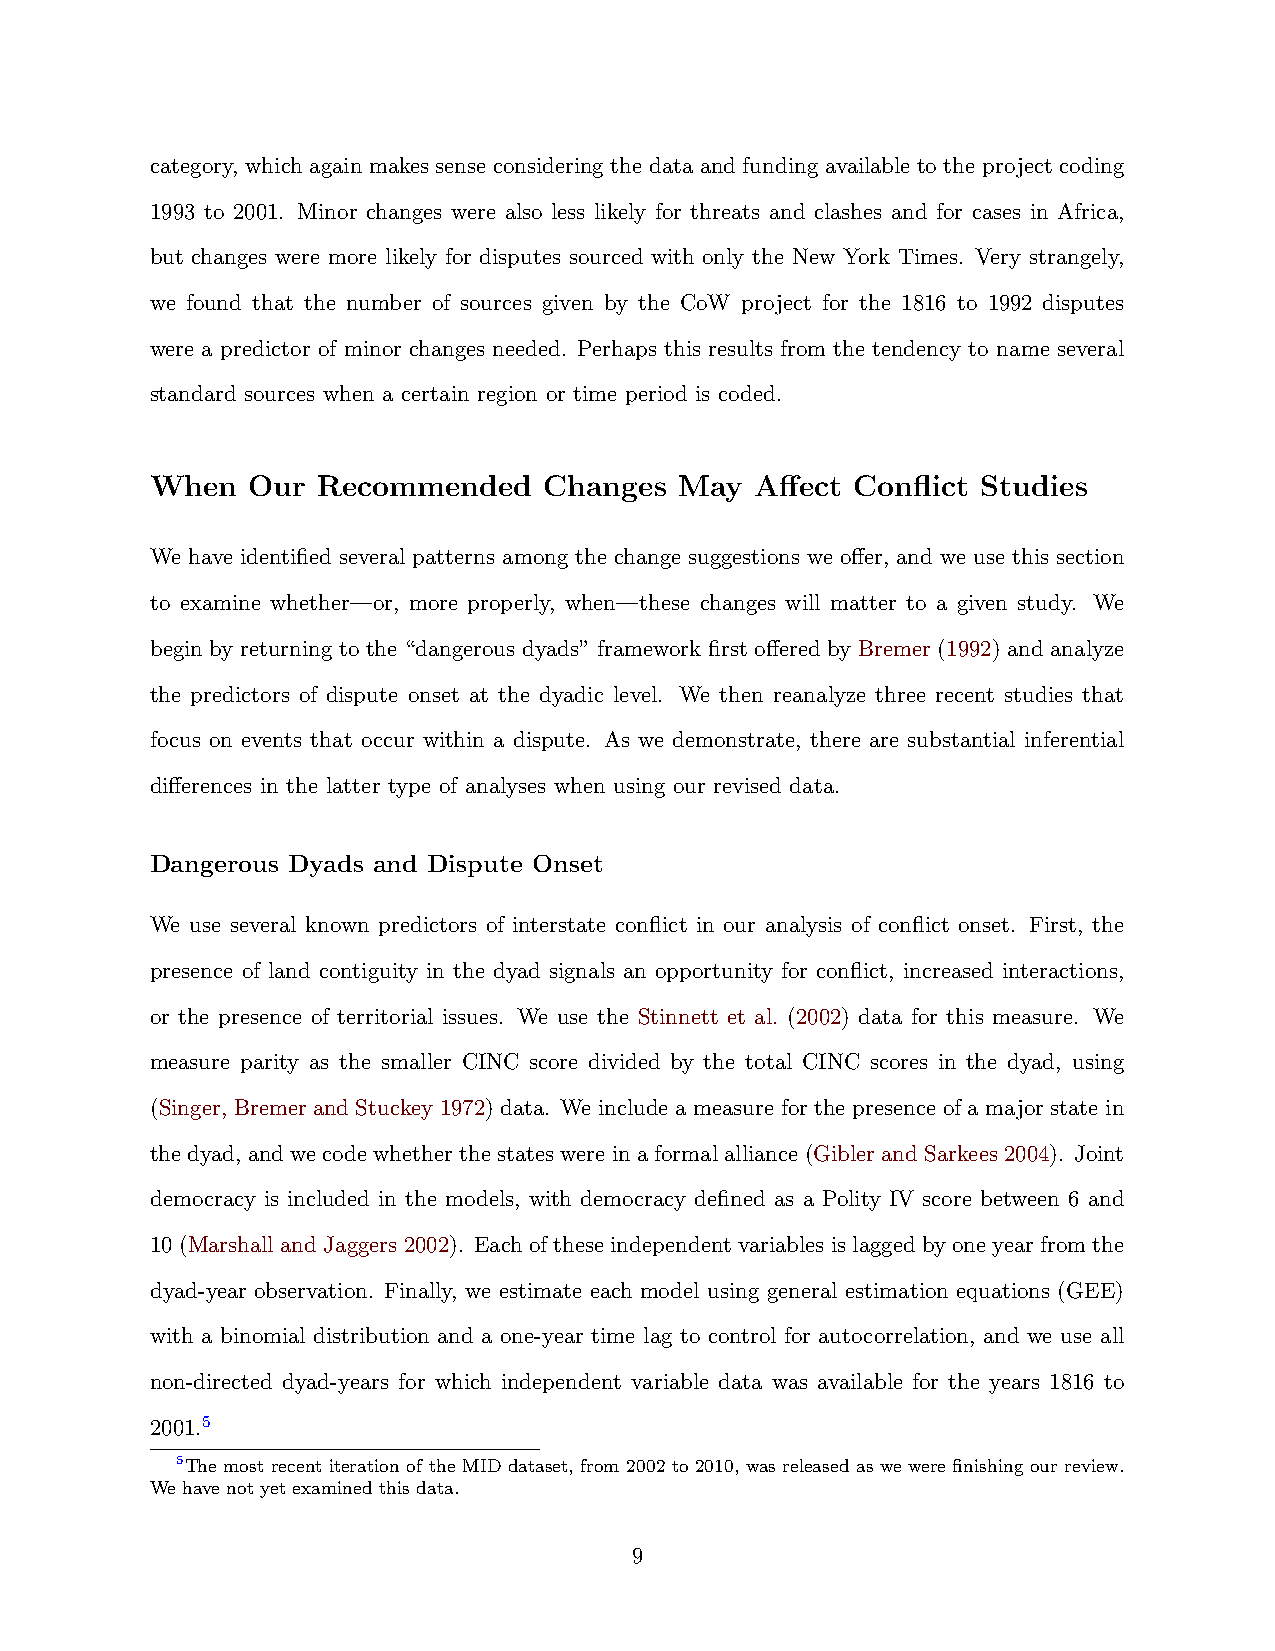
category, which again makes sense considering the data and funding available to the project coding
 1993 to 2001. Minor changes were also less likely for threats and clashes and for cases in Africa,
 but changes were more likely for disputes sourced with only the New York Times. Very strangely,
 we found that the number of sources given by the CoW project for the 1816 to 1992 disputes
 were a predictor of minor changes needed. Perhaps this results from the tendency to name several
 standard sources when a certain region or time period is coded.
 When  Our  Recommended    Changes  May  Affect Conflict Studies
 We have identified several patterns among the change suggestions we offer, and we use this section
 to examine whether—or, more properly, when—these changes will matter to a given study. We
 begin by returning to the “dangerous dyads” framework first offered by Bremer (1992) and analyze
 the predictors of dispute onset at the dyadic level. We then reanalyze three recent studies that
 focus on events that occur within a dispute. As we demonstrate, there are substantial inferential
 differences in the latter type of analyses when using our revised data.
 Dangerous Dyads and Dispute Onset
 We use several known predictors of interstate conflict in our analysis of conflict onset. First, the
 presence of land contiguity in the dyad signals an opportunity for conflict, increased interactions,
 or the presence of territorial issues. We use the Stinnett et al. (2002) data for this measure. We
 measure parity as the smaller CINC score divided by the total CINC scores in the dyad, using
 (Singer, Bremer and Stuckey 1972) data. We include a measure for the presence of a major state in
 thedyad, andwecodewhetherthestateswereinaformalalliance(GiblerandSarkees2004). Joint
 democracy is included in the models, with democracy defined as a Polity IV score between 6 and
 10 (Marshall and Jaggers 2002). Each of these independent variables is lagged by one year from the
 dyad-year observation. Finally, we estimate each model using general estimation equations (GEE)
 with a binomial distribution and a one-year time lag to control for autocorrelation, and we use all
 non-directed dyad-years for which independent variable data was available for the years 1816 to
 2001.5
 5The most recent iteration of the MID dataset, from 2002 to 2010, was released as we were finishing our review.
 We have not yet examined this data.
 9